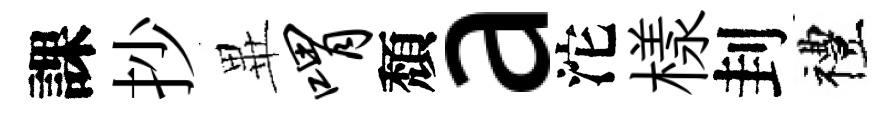
課抄𭺾喟頽a沱樣刲禮